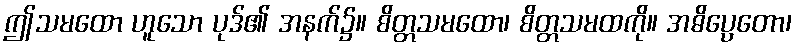
ဤသမထော ဟူသော ပုဒ်၏ အနက်၌။ စိတ္တသမထော၊ စိတ္တသမထကို။ အဓိပ္ပေတော၊